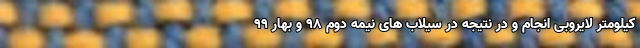
کیلومتر لایروبی انجام و در نتیجه در سیلاب های نیمه دوم ۹۸ و بهار ۹۹